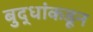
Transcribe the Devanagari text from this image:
बुद्धांकडून